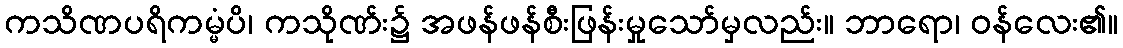
ကသိဏပရိကမ္မံပိ၊ ကသိုဏ်း၌ အဖန်ဖန်စီးဖြန်းမှုသော်မှလည်း။ ဘာရော၊ ဝန်လေး၏။